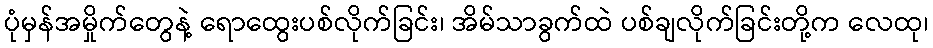
ပုံမှန်အမှိုက်တွေနဲ့ ရောထွေးပစ်လိုက်ခြင်း၊ အိမ်သာခွက်ထဲ ပစ်ချလိုက်ခြင်းတို့က လေထု၊